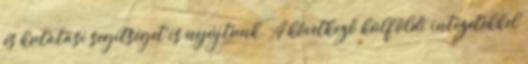
és kutatási segítséget is nyújtunk. A következő külföldi intézetekkel